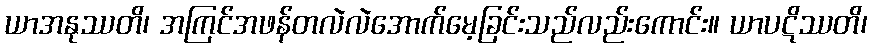
ယာအနုဿတိ၊ အကြင်အဖန်တလဲလဲအောက်မေ့ခြင်းသည်လည်းကောင်း။ ယာပဋိဿတိ၊